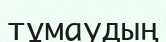
тұмаудың